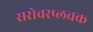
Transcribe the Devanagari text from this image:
सरोवरप्लवक